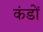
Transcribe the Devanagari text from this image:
कंडों